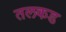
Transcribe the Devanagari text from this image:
तलकड